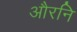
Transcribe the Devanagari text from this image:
औरनि